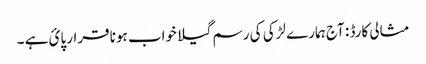
مثالی کارڈ : آج ہمارے لڑکی کی رسم گیلا خواب ہونا قرار پائ ہے ۔